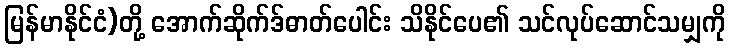
မြန်မာနိုင်ငံ)တို့ အောက်ဆိုက်ဒ်ဓာတ်ပေါင်း သိနိုင်ပေ၏ သင်လုပ်ဆောင်သမျှကို